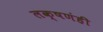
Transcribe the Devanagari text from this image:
लक्षणंही